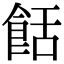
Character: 餂